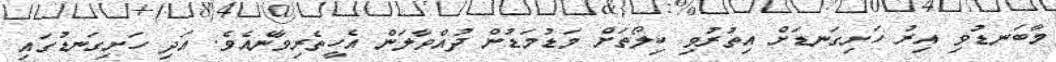
މާބަނޑުވި އިރު ހަށިގަނޑަށް އިތުރުވި ކިލޯތަށް މަޑުމަޑުން ދުއްވާލަން އެހީތެރިވާނެއެވެ. އަދި ހަށިގަނޑުގައި